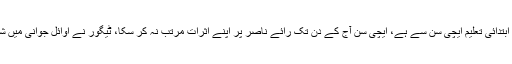
ٹیگور کی ابتدائی تعلیم کا دلچسپ قصہ پڑھ لیں، ناصر کی ابتدائی تعلیم ایچی سن سے ہے، ایچی سن آج کے دن تک رائے ناصر پر اپنے اثرات مرتب نہ کر سکا، ٹیگور نے اوائل جوانی میں شاعری کی، ناصر کی پہلی کتاب بھی اوائل جوانی کی ہے۔